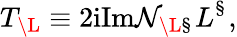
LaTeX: T_{{\mathbf\L}}\equiv 2\mathrm{i}\mathrm{Im}{\cal N}_{{\mathbf\L}{\mathbf\S}}L^{{\mathbf\S}},